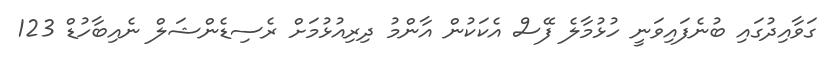
ގަވާއިދުގައި ބުނެފައިވަނީ ހުޅުމާލެ ފޭސް އެކަކުން އާންމު ދިރިއުޅުމަށް ރެސިޑެންޝަލް ނެއިބާހުޑް 123